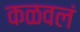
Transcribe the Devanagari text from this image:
कळवलं